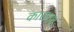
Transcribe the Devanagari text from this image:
काराशश